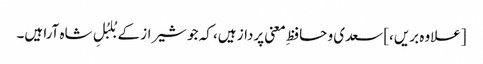
[علاوہ بریں،] سعدی و حافظِ معنی پرداز ہیں، کہ جو شیراز کے بُلبُلِ شاہ آرا ہیں۔